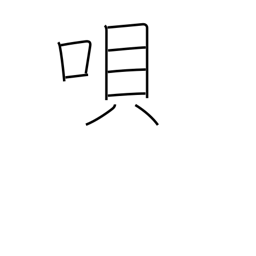
Meaning: song